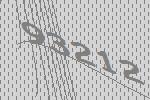
93212